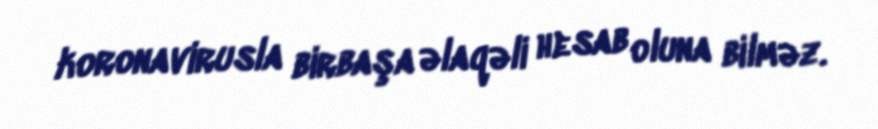
koronavirusla birbaşa əlaqəli hesab oluna bilməz.